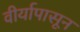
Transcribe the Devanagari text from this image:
वीर्यापासून